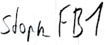
Text: Stopp_FB1